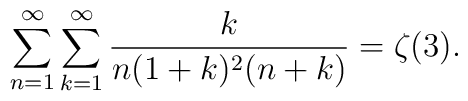
\sum_{n=1}^\infty\sum_{k=1}^\infty\frac{k}{n(1+k)^2(n+k)}=\zeta(3).